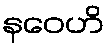
နဝေဟိ